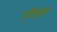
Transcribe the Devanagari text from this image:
एटिहाड़